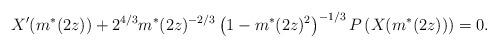
LaTeX: \begin{align*}X'(m^{*}(2z))+2^{4/3}m^{*}(2z)^{-2/3}\left(1-m^{*}(2z)^2\right)^{-1/3}P\left(X(m^{*}(2z))\right)=0.\end{align*}